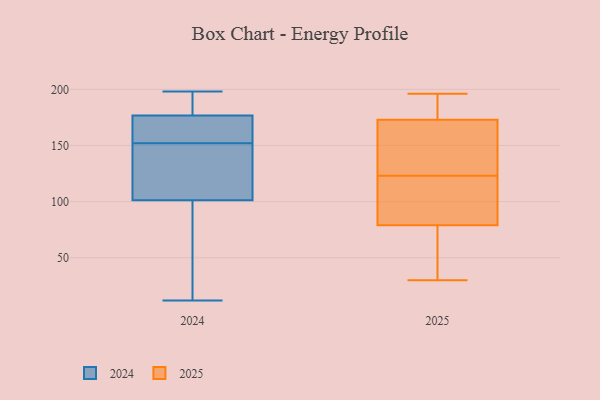
{"axis": {"x": "Revenue (USD Million)", "y": "Value"}, "legend": ["2024", "2025"], "data": [{"x": "", "y": 39, "type": "2025"}, {"x": "", "y": 76, "type": "2025"}, {"x": "", "y": 79, "type": "2025"}, {"x": "", "y": 152, "type": "2025"}, {"x": "", "y": 173, "type": "2025"}, {"x": "", "y": 196, "type": "2025"}, {"x": "", "y": 115, "type": "2025"}, {"x": "", "y": 30, "type": "2025"}, {"x": "", "y": 129, "type": "2025"}, {"x": "", "y": 104, "type": "2025"}, {"x": "", "y": 159, "type": "2025"}, {"x": "", "y": 117, "type": "2025"}, {"x": "", "y": 180, "type": "2025"}, {"x": "", "y": 175, "type": "2025"}, {"x": "", "y": 125, "type": "2024"}, {"x": "", "y": 164, "type": "2024"}, {"x": "", "y": 111, "type": "2024"}, {"x": "", "y": 192, "type": "2024"}, {"x": "", "y": 71, "type": "2024"}, {"x": "", "y": 158, "type": "2024"}, {"x": "", "y": 152, "type": "2024"}, {"x": "", "y": 182, "type": "2024"}, {"x": "", "y": 72, "type": "2024"}, {"x": "", "y": 175, "type": "2024"}, {"x": "", "y": 198, "type": "2024"}, {"x": "", "y": 12, "type": "2024"}, {"x": "", "y": 149, "type": "2024"}]}